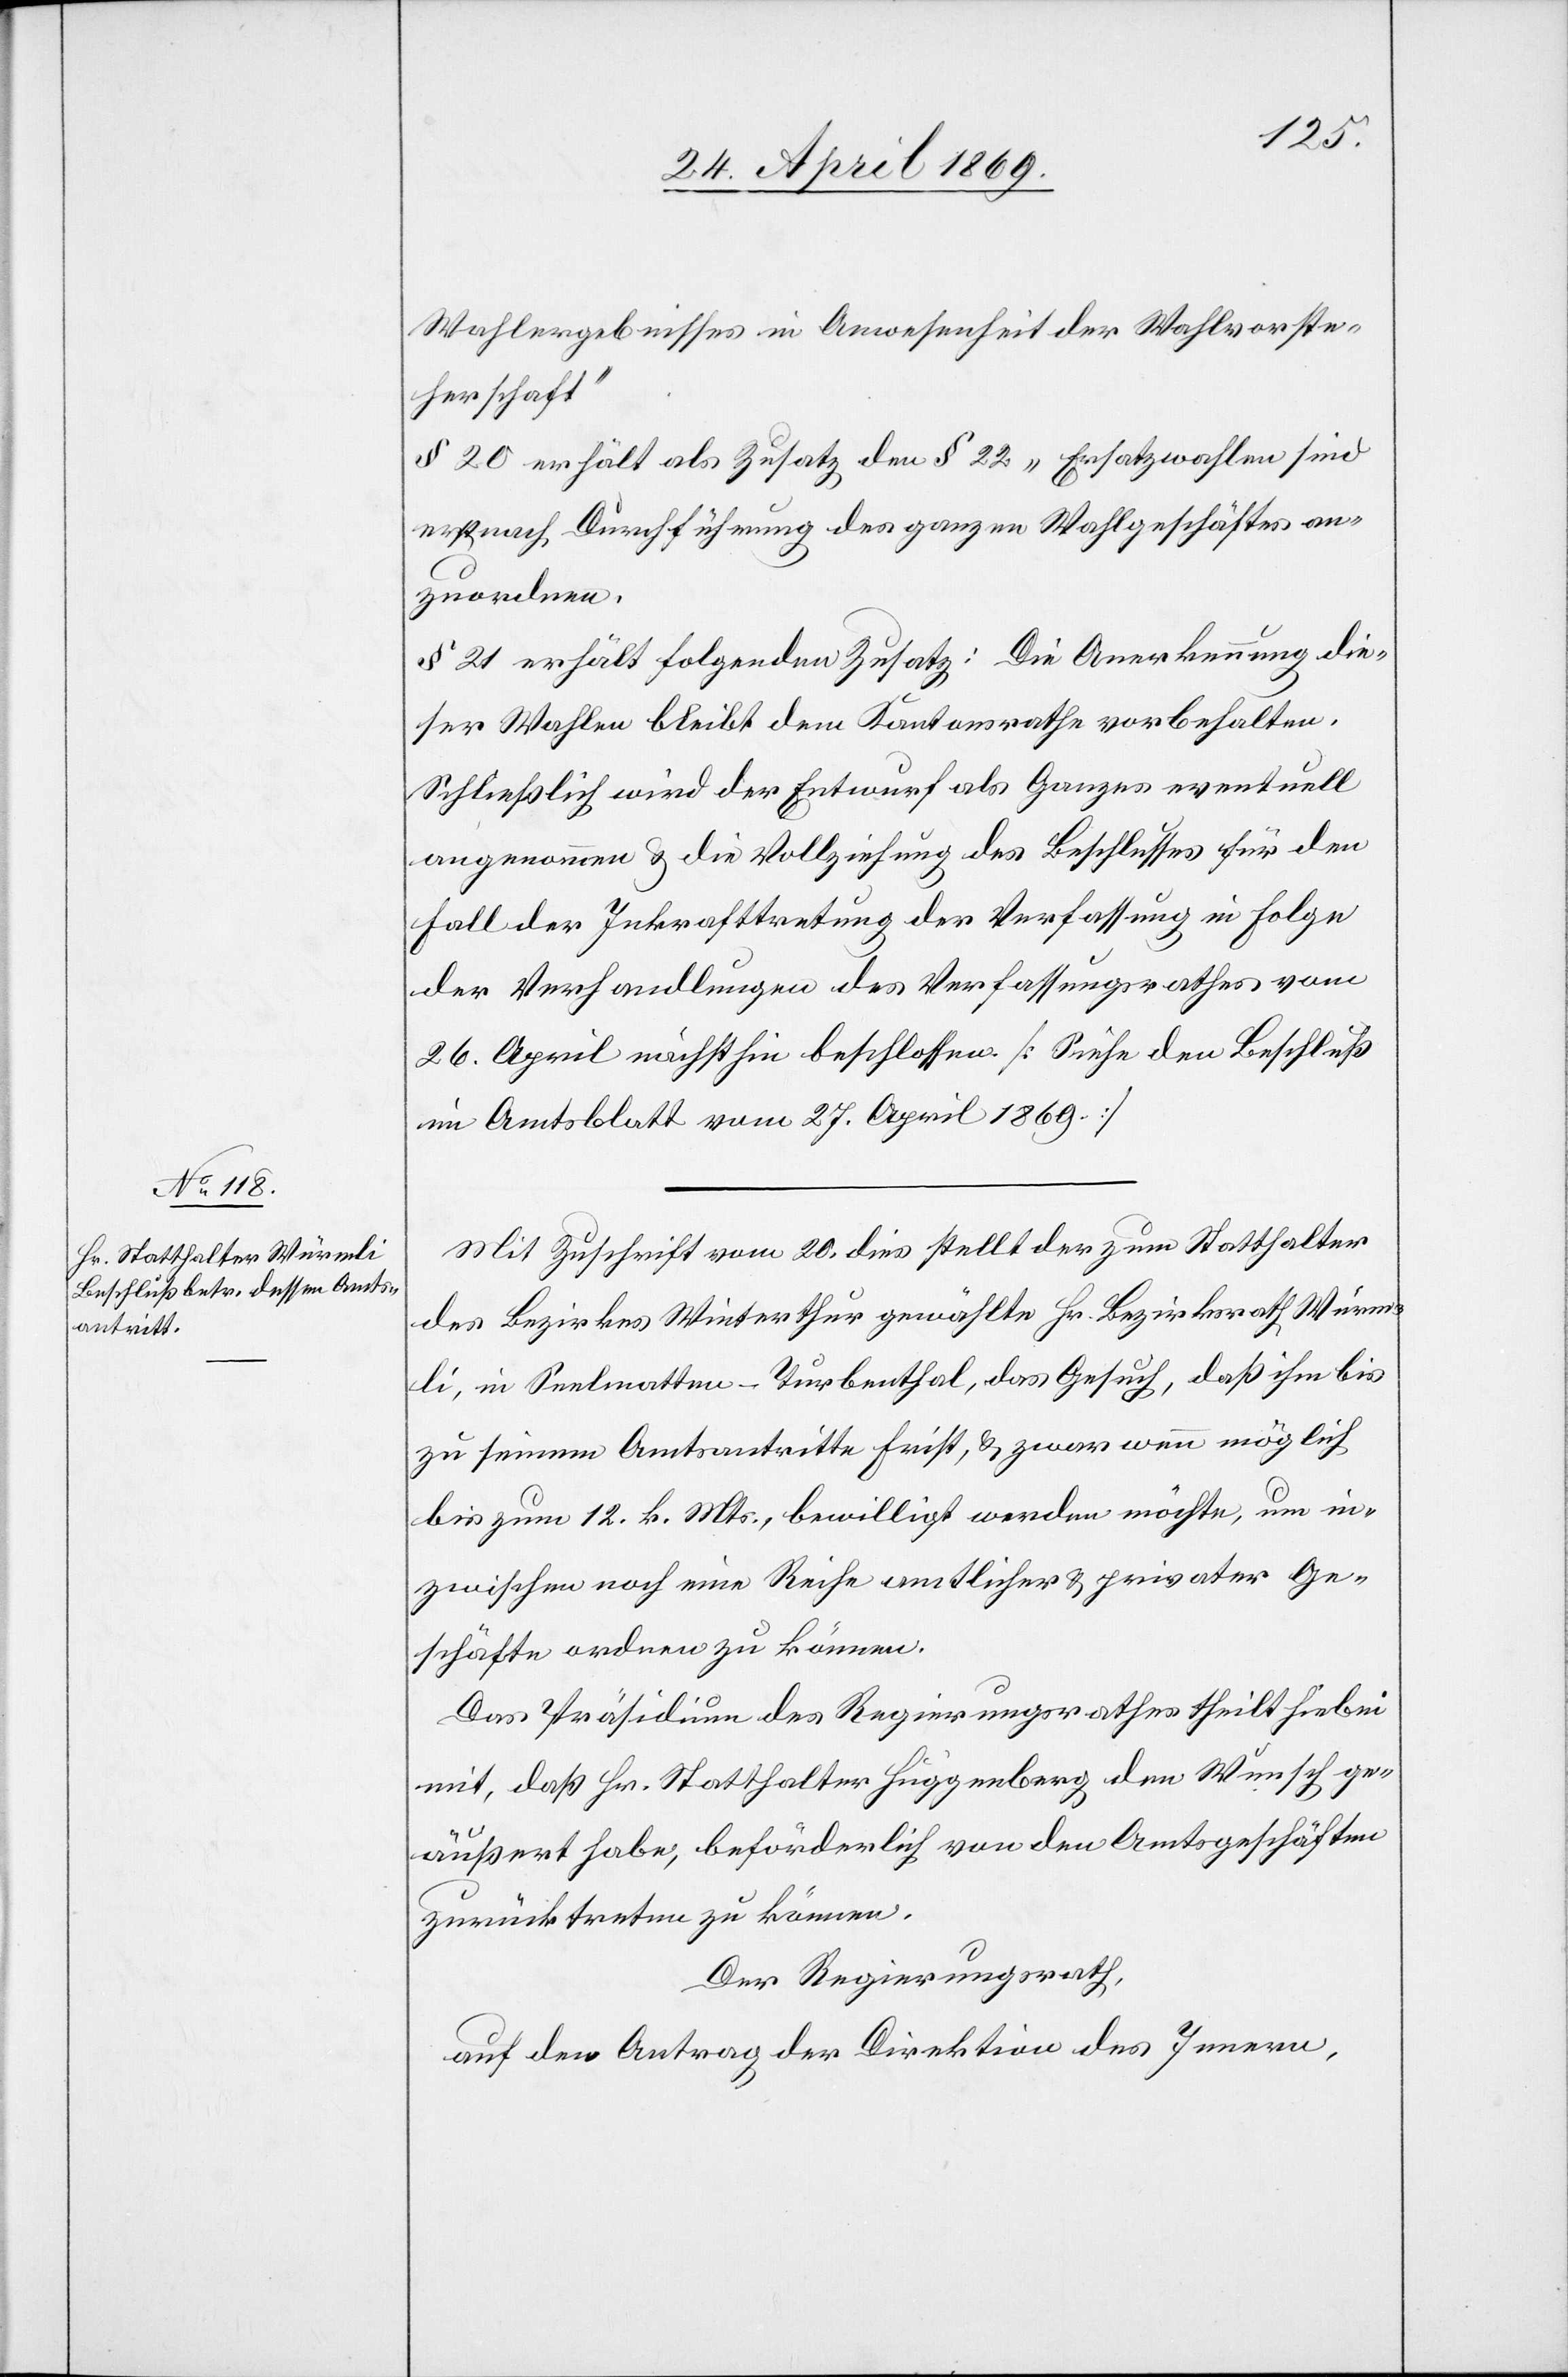
Wahlergebnisses in Anwesenheit der Wahlvorste¬
herschaft“
§ 20 erhält als Zusatz den § 22 „Ersatzwahlen sind
erst nach Durchführung des ganzen Wahlgeschäftes an¬
zuordnen.“
§ 21 erhält folgenden Zusatz: Die Anerkennung die¬
ser Wahlen bleibt dem Kantonsrathe vorbehalten.
Schließlich wird der Entwurf als Ganzes eventuell
angenommen u. die Vollziehung des Beschlusses für den
Fall der Inkrafttretung der Verfassung in Folge
der Verhandlungen des Verfassungsrathes vom
26. April nächsthin beschlossen [Siehe den Beschluss
im Amtsblatt vom 27. April 1869]
Mit Zuschrift vom 20. dies stellt der zum Statthalter
des Bezirkes Winterthur gewählte Hr. Bezirksrath Würm¬
li, in Seelmatten - Turbenthal, das Gesuch, daß ihm bis
zu seinem Amtsantritte Frist, u. zwar wenn möglich
bis zum 12. k. Mts., bewilligt werden möchte, um in¬
zwischen noch eine Reihe amtlicher u. privater Ge¬
schäfte ordnen zu können.
Das Präsidium des Regierungsrathes theilt hiebei
mit, daß Hr. Statthalter Huggenberg den Wunsch ge¬
äußert habe, beförderlich von den Amtsgeschäften
zurücktreten zu können.
Der Regierungsrath,
auf den Antrag der Direktion des Innern,